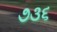
૭૩૬